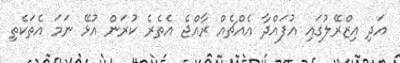
އަދި އިޒްރޭލުގައި އުފައްދާ އެއްޗެއް ރާއްޖެ އެތެރެ ކުރަން އުޅޭ ނަމަ އެތަކެތި